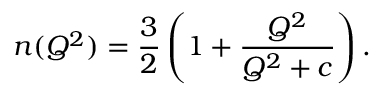
n ( Q ^ { 2 } ) = { \frac { 3 } { 2 } } \left( 1 + { \frac { Q ^ { 2 } } { Q ^ { 2 } + c } } \right) .